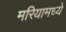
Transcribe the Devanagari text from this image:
मरियामध्ये